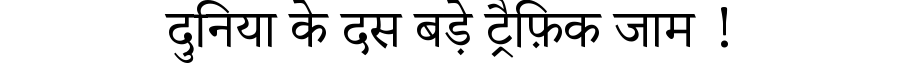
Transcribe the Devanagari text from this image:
दुनिया के दस बड़े ट्रैफ़िक जाम !